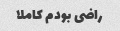
راضی بودم کاملا